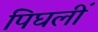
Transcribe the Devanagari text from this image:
पिघलीं